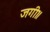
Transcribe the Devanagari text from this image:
जगी॥